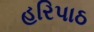
હરિપાઠ